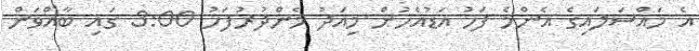
އެ މައްސަލައިގެ އެންމެ ފަހު އަޑުއެހުން މިއަދު މެންދުރުފަހު 3:00 ގައި ބާއްވަން